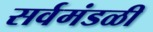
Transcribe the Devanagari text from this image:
सर्वमंडळी